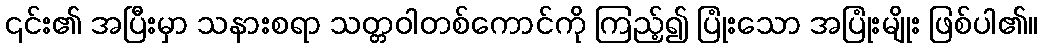
၎င်း၏ အပြီးမှာ သနားစရာ သတ္တဝါတစ်ကောင်ကို ကြည့်၍ ပြုံးသော အပြုံးမျိုး ဖြစ်ပါ၏။